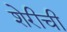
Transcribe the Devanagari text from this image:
शेरीची